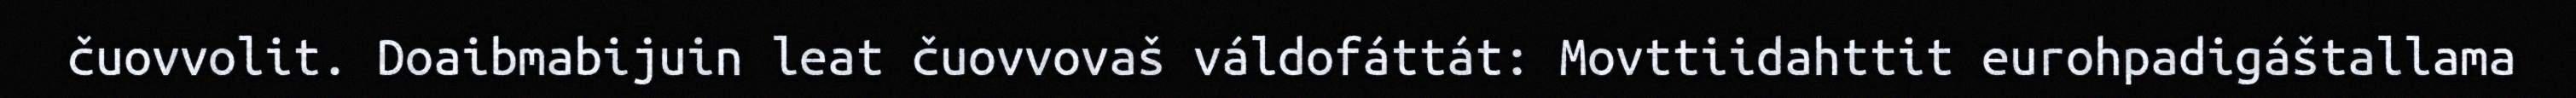
čuovvolit. Doaibmabijuin leat čuovvovaš váldofáttát: Movttiidahttit eurohpadigáštallama